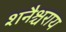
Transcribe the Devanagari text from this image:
शनैश्चराय